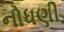
નોધણી